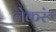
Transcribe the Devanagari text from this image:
लेकरूं